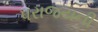
પરાજયની